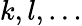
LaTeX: k,l,\dots